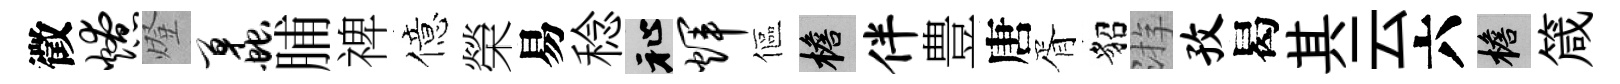
徵燎燈蠡脯禆億榮易稔祉辉傴檐伴豊唐胥貂㳺孜曷其云六檐箴